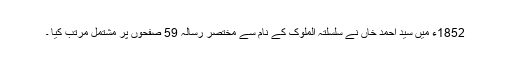
1852ء میں سید احمد خاں نے سلسلتہ الملوک کے نام سے مختصر رسالہ 59 صفحوں پر مشتمل مرتب کیا ۔